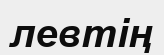
левтің